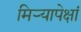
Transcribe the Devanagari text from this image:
मिऱ्यापेक्षां